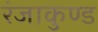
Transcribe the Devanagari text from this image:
रंजाकुण्ड